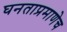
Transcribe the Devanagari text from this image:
घनताप्रमाणेच